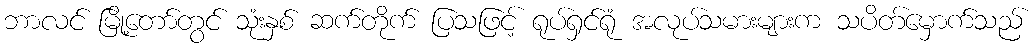
ဘာလင် မြို့တော်တွင် သုံးနှစ် ဆက်တိုက် ပြသဖြင့် ရုပ်ရှင်ရုံ အလုပ်သမားများက သပိတ်မှောက်သည်